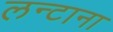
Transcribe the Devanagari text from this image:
लन्टाना